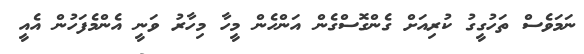
ނަމަވެސް ތަހުގީގު ކުރިއަށް ގެންގޮސްގެން އަންހެން މީހާ މިހާރު ވަނީ އެންމެފަހުން އެއީ